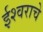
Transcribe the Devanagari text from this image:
ईश्‍वराचे